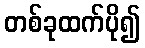
တစ်ခုထက်ပို၍